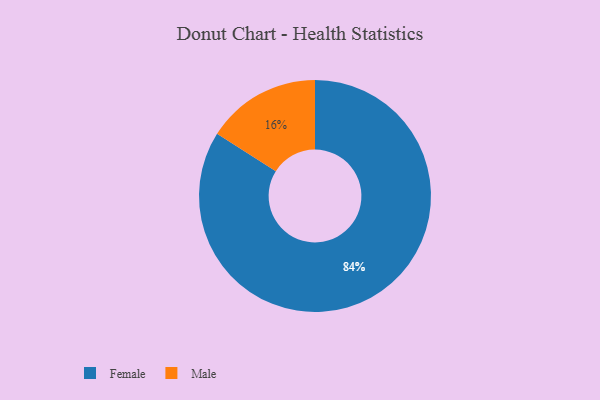
{"axis": {"x": "Category", "y": "Percentage"}, "legend": ["Female", "Male"], "data": [{"x": "Female", "y": 84, "type": "Female"}, {"x": "Male", "y": 16, "type": "Male"}]}